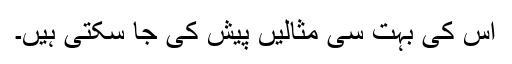
اس کی بہت سی مثالیں پیش کی جا سکتی ہیں۔